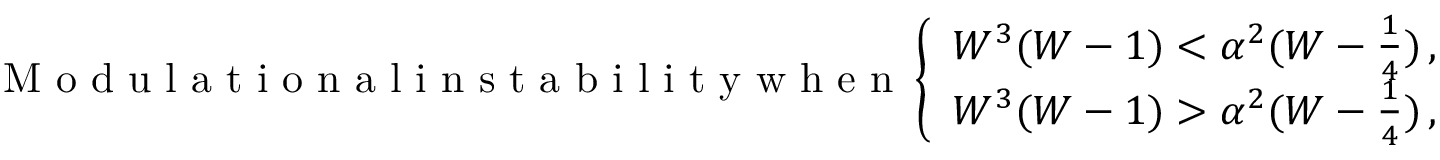
\mathrm { ~ M ~ o ~ d ~ u ~ l ~ a ~ t ~ i ~ o ~ n ~ a ~ l ~ i ~ n ~ s ~ t ~ a ~ b ~ i ~ l ~ i ~ t ~ y ~ w ~ h ~ e ~ n ~ } \left\{ \begin{array} { l l } { W ^ { 3 } ( W - 1 ) < \alpha ^ { 2 } ( W - \frac { 1 } { 4 } ) \, , \quad | V | > \nu \quad ( \mathrm { s u p e r s o n i c } ) } \\ { W ^ { 3 } ( W - 1 ) > \alpha ^ { 2 } ( W - \frac { 1 } { 4 } ) \, , \quad | V | < \nu \quad ( \mathrm { s u b s o n i c } ) } \end{array} \right.